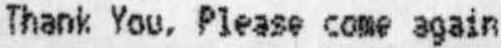
THANK YOU. PLEASE COME AGAIN